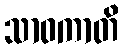
သာဝကာတိ